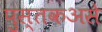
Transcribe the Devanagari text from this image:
पुस्तकअसे